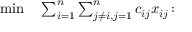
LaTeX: \begin{array} { r l r l } { \operatorname* { m i n } } & { { } \sum _ { i = 1 } ^ { n } \sum _ { j \neq i , j = 1 } ^ { n } c _ { i j } x _ { i j } \colon } & { } & { { } } \end{array}